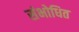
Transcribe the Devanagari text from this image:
संभोधित